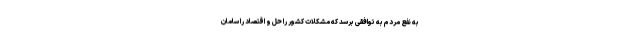
به نفع مردم به توافقی برسد که مشکلات کشور را حل و اقتصاد را سامان